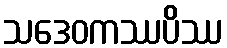
သဒေဝကဿပိဿ